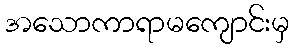
အသောကာရာမကျောင်းမှ